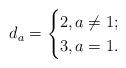
LaTeX: \begin{align*}d_a=\begin{cases}2, a\ne 1;\\3, a=1.\end{cases}\end{align*}